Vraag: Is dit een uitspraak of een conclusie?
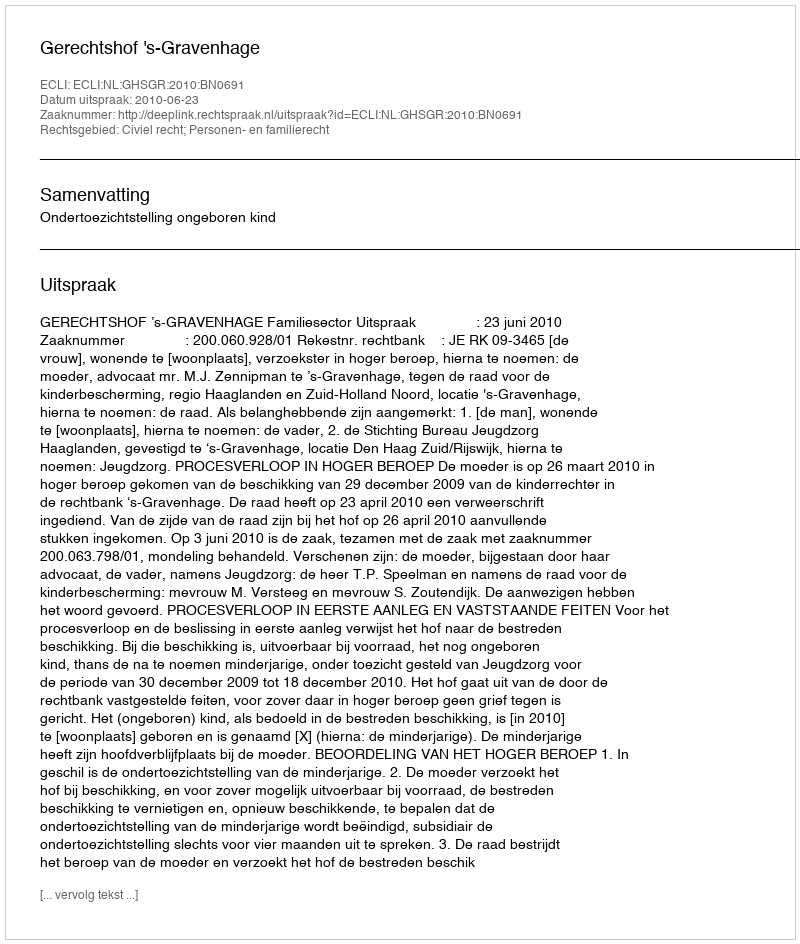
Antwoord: Uitspraak